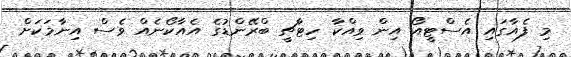
މި ފެއާގައި އެސްޓީއޯ އިން ވިއްކާ ހިޓާޗީ ބްރޭންޑުގެ އެއާކޯނެއް ވެސް އިނާމަކަށް